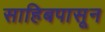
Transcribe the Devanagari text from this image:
साहिबपासून